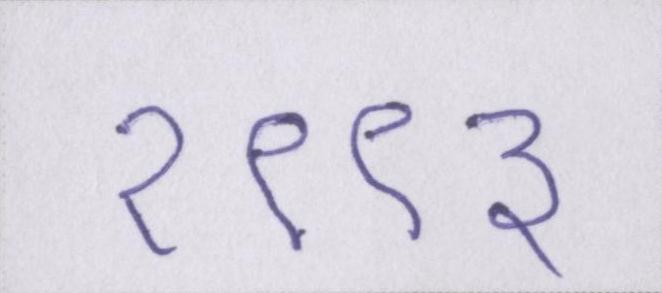
१९९३